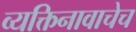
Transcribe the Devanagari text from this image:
व्यक्तिनावाचेच